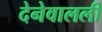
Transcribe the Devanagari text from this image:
देनेवालली